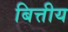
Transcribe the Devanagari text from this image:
बित्तीय